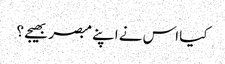
کیا اس نے اپنے مبصر بھیجے ؟